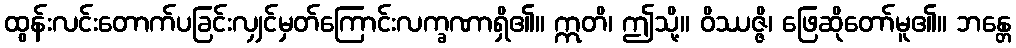
ထွန်းလင်းတောက်ပခြင်းလျှင်မှတ်ကြောင်းလက္ခဏာရှိ၏။ ဣတိ၊ ဤသို့။ ဝိဿဇ္ဇိ၊ ဖြေဆိုတော်မူ၏။ ဘန္တေ